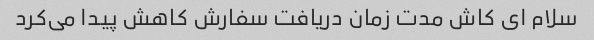
سلام ای کاش مدت زمان دریافت سفارش کاهش پیدا می‌کرد